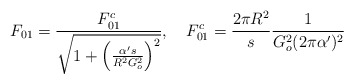
\begin{align*}F_{01} =\frac{F_{01}^c}{\sqrt{1+\left( \frac{\alpha^\prime s}{R^2 G_o^2}\right)^2}}, \quad F_{01}^c = \frac{2\pi R^2}{s} \frac{1}{G_o^2 (2\pi \alpha^\prime)^2}\end{align*}